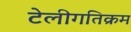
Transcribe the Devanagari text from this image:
टेलीगतिक्रम